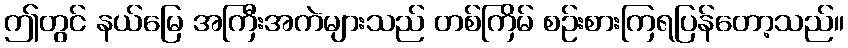
ဤတွင် နယ်မြေ အကြီးအကဲများသည် တစ်ကြိမ် စဉ်းစားကြရပြန်တော့သည်။